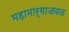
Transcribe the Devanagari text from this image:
महामार्गाजवळ